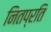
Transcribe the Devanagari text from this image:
नितप्रति